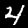
Label: 4